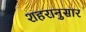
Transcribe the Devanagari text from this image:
शहरानुसार